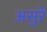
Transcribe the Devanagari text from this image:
असुरे